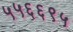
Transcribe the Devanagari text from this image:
५५६६९५